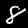
Digit: 8